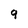
Character: 9